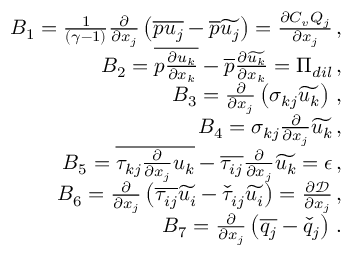
\begin{array} { r } { B _ { 1 } = \frac { 1 } { ( \gamma - 1 ) } \frac { \partial } { \partial x _ { j } } \left( \overline { { p u _ { j } } } - \overline { { p } } \widetilde { u _ { j } } \right) = \frac { \partial C _ { v } Q _ { j } } { \partial x _ { j } } \, \mathrm { , } } \\ { B _ { 2 } = \overline { { p \frac { \partial u _ { k } } { \partial x _ { k } } } } - \overline { { p } } \frac { \partial \widetilde { u _ { k } } } { \partial x _ { k } } = \Pi _ { d i l } \, \mathrm { , } } \\ { B _ { 3 } = \frac { \partial } { \partial x _ { j } } \left( \sigma _ { k j } \widetilde { u _ { k } } \right) \, \mathrm { , } } \\ { B _ { 4 } = \sigma _ { k j } \frac { \partial } { \partial x _ { j } } \widetilde { u _ { k } } \, \mathrm { , } } \\ { B _ { 5 } = \overline { { \tau _ { k j } \frac { \partial } { \partial x _ { j } } u _ { k } } } - \overline { { \tau _ { i j } } } \frac { \partial } { \partial x _ { j } } \widetilde { u _ { k } } = \epsilon \, \mathrm { , } } \\ { B _ { 6 } = \frac { \partial } { \partial x _ { j } } \left( \overline { { \tau _ { i j } } } \widetilde { u _ { i } } - \check { \tau } _ { i j } \widetilde { u _ { i } } \right) = \frac { \partial \mathcal { D } } { \partial x _ { j } } \, \mathrm { , } } \\ { B _ { 7 } = \frac { \partial } { \partial x _ { j } } \left( \overline { { q _ { j } } } - \check { q } _ { j } \right) \, \mathrm { . } } \end{array}